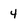
Character: 4